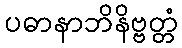
ပဓာနာဘိနိဗ္ဗတ္တံ